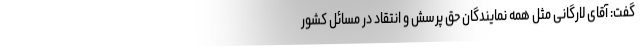
گفت: آقای لارگانی مثل همه نمایندگان حق پرسش و انتقاد در مسائل کشور